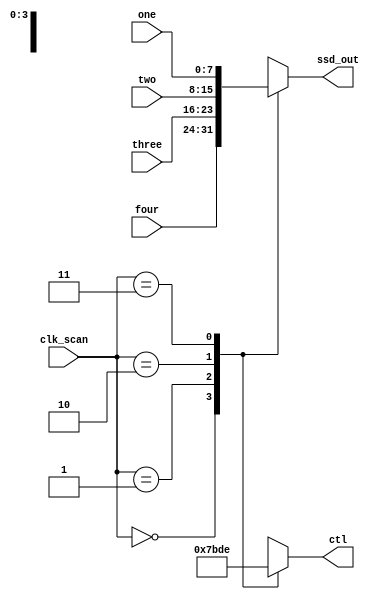
`timescale 1ns / 1ps
//////////////////////////////////////////////////////////////////////////////////
// Company: 
// Engineer: 
// 
// Design Name: 
// Module Name: scan
// Project Name: 
// Target Devices: 
// Tool Versions: 
// Description: 
// 
// Dependencies: 
// 
// Revision:
// Revision 0.01 - File Created
// Additional Comments:
// 
//////////////////////////////////////////////////////////////////////////////////


module scan(four, three, two, one, clk_scan, ctl, ssd_out);

    input [7:0] four, three, two, one;

    input [1:0] clk_scan;
    output reg [3:0] ctl;
    output reg [7:0] ssd_out;

    always @*
    begin
        case(clk_scan)

            2'b00:
            begin
                ctl = 4'b0111;
                ssd_out = four;
            end

            2'b01:
            begin
                ctl = 4'b1011;
                ssd_out = three;
            end

            2'b10:
            begin
                ctl = 4'b1101;
                ssd_out = two;
            end

            2'b11:
            begin
                ctl = 4'b1110;
                ssd_out = one;
            end
        endcase
    end
endmodule